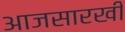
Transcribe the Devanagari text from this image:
आजसारखी